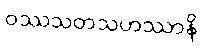
ဝဿသတသဟဿာနိ